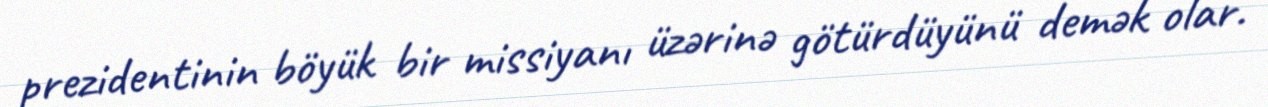
prezidentinin böyük bir missiyanı üzərinə götürdüyünü demək olar.